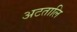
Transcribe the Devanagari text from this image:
अटतालि